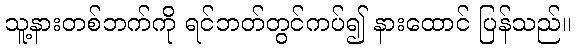
သူ့နားတစ်ဘက်ကို ရင်ဘတ်တွင်ကပ်၍ နားထောင် ပြန်သည်။